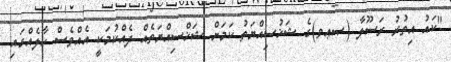
"ކައު އިތުރު ރަސޫލާ (ޞޢވ)ގެ ޝަޚުސިއްޔަތު ކަމަށް ޝަޚްސިއްޔަތެއް ދެއްކުމަކީ އެއްވެސް ހާލެއްގައި